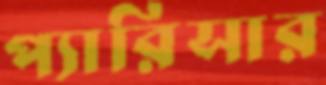
প্যারিসার